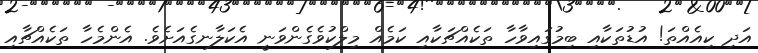
އަދި ކިއެއްތަ! އުޑުތަކާއި ބިމުގައިވާހާ ތަކެއްޗަކާއި ކަމެއް މިލްކުވެގެންވަނީ އެކަލާނގެއަށެވެ. އެންމެހާ ތަކެއްޗާއި